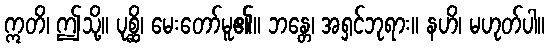
ဣတိ၊ ဤသို့။ ပုစ္ဆိ၊ မေးတော်မူ၏။ ဘန္တေ၊ အရှင်ဘုရား။ နဟိ၊ မဟုတ်ပါ။